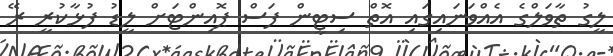
ލީގު ތާވަލްގެ އެއްވަނައިގައި އޮތް ސިޓީން ފަސް ޕޮއިންޓަށް ލީޑު ފުޅާކުރީ ރޭ